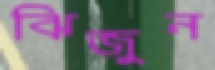
ঝিজুন